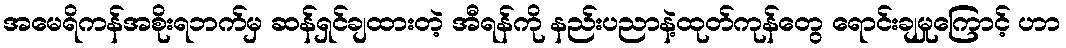
အမေရိကန်အစိုးရဘက်မှ ဆန်ရှင်ချထားတဲ့ အီရန်ကို နည်းပညာနဲ့ထုတ်ကုန်တွေ ရောင်းချမှုကြောင့် ဟာ